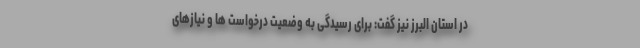
در استان البرز نیز گفت: برای رسیدگی به وضعیت درخواست ها و نیازهای